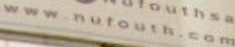
www.nutouth.com